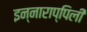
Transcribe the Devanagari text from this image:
इन्नाराप्पिली